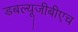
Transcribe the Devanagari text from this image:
डबल्यूजीबीएच